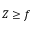
Z \geq f